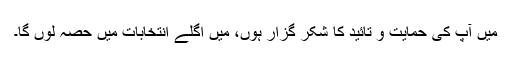
میں آپ کی حمایت و تائید کا شکر گزار ہوں، میں اگلے انتخابات میں حصہ لوں گا۔